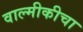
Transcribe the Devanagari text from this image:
वाल्मीकीचा